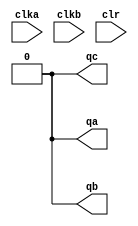
module sn74ls57(qa, qb, qc, clka, clkb, clr);
input clka, clkb, clr;
output qa, qb, qc;
wire qbint;
reg [2:0] cnta;
reg [2:0] cntb;
reg cntc;

parameter 
	// TI TTL data book Vol 1, 1985
	tPLHA_min=0, tPLHA_typ=14, tPLHA_max=25,	//TPL CLKA -> QA
	tPHLA_min=0, tPHLA_typ=18, tPHLA_max=30,
	tPLHB_min=0, tPLHB_typ=8,  tPLHB_max=15,	//TPL CLKB -> QB
	tPHLB_min=0, tPHLB_typ=14, tPHLB_max=25,
	tPLHC_min=0, tPLHC_typ=18, tPLHC_max=30,	//TPL CLKB -> QC
	tPHLC_min=0, tPHLC_typ=24, tPHLC_max=35,
	tPHL0_min=0, tPHL0_typ=17, tPHL0_max=30;	//TPL CLR -> QA, QB, QC

/* async clear/enable */
always @(clr==0)
begin
  cnta <= 2'b00;
  cntb <= 3'b000;
  cntc <= 0;
end

/* counter A */
always @(negedge clka)
begin
	if (clr==1)
	begin
		cnta <= cnta == 3'b101 ? 2'b000 : (cnta + 1);
	end
end
assign #(tPLHA_min:tPLHA_typ:tPLHA_max,
		 tPHLA_min:tPHLA_typ:tPHLA_max)
	qa = cnta >= 3'b011 ? 'b1 : 'b0;

/* counter B,C */
always @(negedge clkb)
begin
	if (clr==1)
	begin
		cntb <= cntb == 3'b100 ? 3'b000 : (cntb + 1);
	end
end
assign #(tPLHB_min:tPLHB_typ:tPLHB_max,
		tPHLB_min:tPHLB_typ:tPHLB_max)
	qb = cntb >= 3'b100 ? 'b1 : 'b0;

/* counter C */
always @(negedge qb)
begin
	if (clr==1)
	begin
		cntc <= ~cntc;
	end
end
assign #(tPLHC_min:tPLHC_typ:tPLHC_max,
	  	 tPHLC_min:tPHLC_typ:tPHLC_max)
	qc = cntc=='b1 ? 'b1 : 'b0;

endmodule